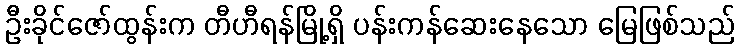
ဦးခိုင်ဇော်ထွန်းက တီဟီရန်မြို့ရှိ ပန်းကန်ဆေးနေသော မြေဖြစ်သည်